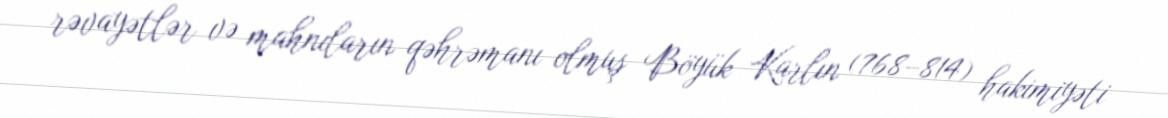
rəvayətlər və mahnıların qəhrəmanı olmuş Böyük Karlın (768–814) hakimiyəti